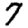
Digit: 7